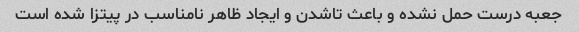
جعبه درست حمل نشده و باعث تاشدن و ایجاد ظاهر نامناسب در پیتزا شده است